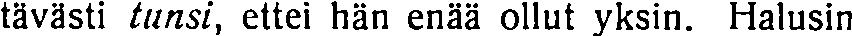
tävästi tunsi, ettei hän enää ollut yksin. Halusin